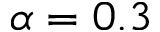
\alpha = 0 . 3